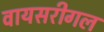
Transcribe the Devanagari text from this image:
वायसरीगल